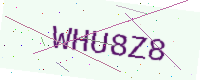
Text: WHU8Z8